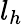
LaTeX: l_{h}